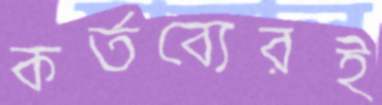
কর্তব্যেরই